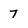
Character: 7